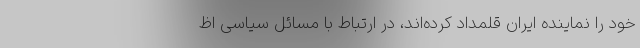
خود را نماینده ایران قلمداد کرده‌اند، در ارتباط با مسائل سیاسی اظ